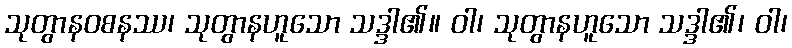
သုတွာနဝစနဿ၊ သုတွာနဟူသော သဒ္ဒါ၏။ ဝါ၊ သုတွာနဟူသော သဒ္ဒါ၏၊ ဝါ၊